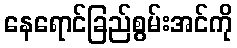
နေရောင်ခြည်စွမ်းအင်ကို